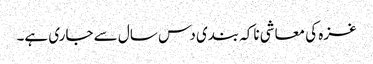
غزہ کی معاشی ناکہ بندی دس سال سے جاری ہے۔